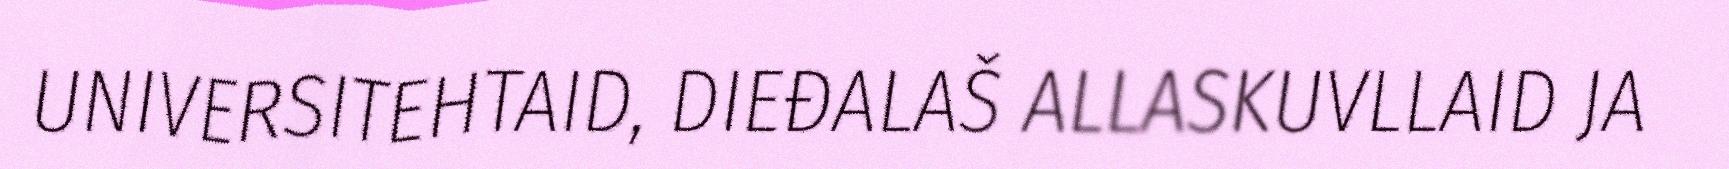
UNIVERSITEHTAID, DIEĐALAŠ ALLASKUVLLAID JA